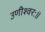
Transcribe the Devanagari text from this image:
उणीश्वरः॥